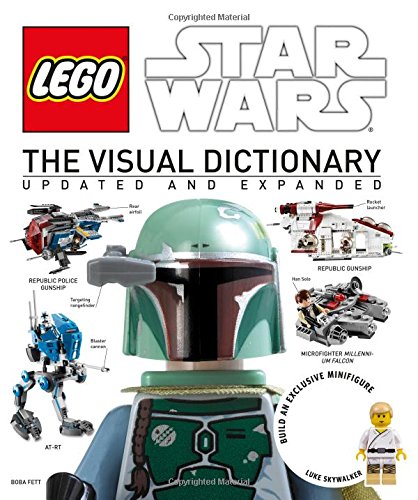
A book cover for LEGO Star Wars: The Visual Dictionary: Updated and Expanded; Simon Beecroft; Children's Books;